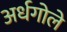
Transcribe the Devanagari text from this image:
अर्धगोले